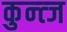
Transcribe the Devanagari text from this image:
कुन्त्ज